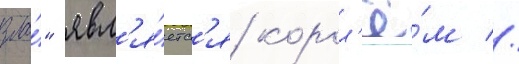
зла́" явл'я́етс'я корол'ё́м //